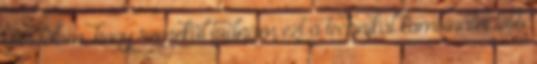
gondolom, hogy remekül tudnám ezt a technikát kombinálni több